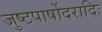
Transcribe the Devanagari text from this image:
जुष्टपार्षोदरादिः